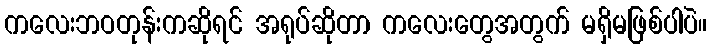
ကလေးဘဝတုန်းကဆိုရင် အရုပ်ဆိုတာ ကလေးတွေအတွက် မရှိမဖြစ်ပါပဲ။